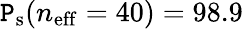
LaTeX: \mathtt{P}_{\mathrm{{s}}}(n_{\mathrm{{eff}}}=40)=98.9